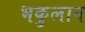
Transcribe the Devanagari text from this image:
भकुलान